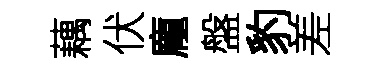
藕伏龐盤豹差